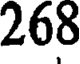
268